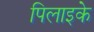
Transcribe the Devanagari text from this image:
पिलाइके